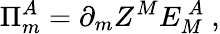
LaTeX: \Pi_{m}^{A}=\partial_{m}Z^{M}E_{M}^{~A}~,